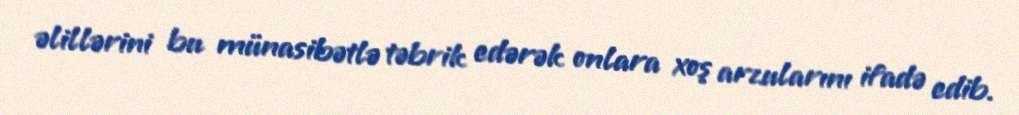
əlillərini bu münasibətlə təbrik edərək onlara xoş arzularını ifadə edib.